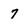
Character: 7